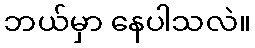
ဘယ်မှာ နေပါသလဲ။